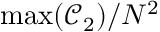
\operatorname* { m a x } ( \mathcal { C } _ { 2 } ) / N ^ { 2 }